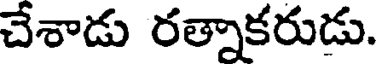
చేశాడు రత్నాకరుడు.